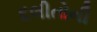
દલીતોની